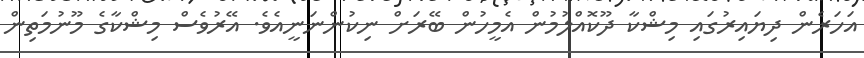
އަހަރެން ދިޔައިރުގައި މިޝްކާ ދޫކޮއްލުމުން އެމީހުން ބޭރަށް ނިކުންނަނީއެވެ. އޭރުވެސް މިޝްކާގެ މޫނުމަތިން